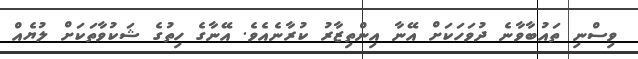
ވިސްނި ތައުބާވާނެ ދުވަހަކަށް އޭނާ އިންތިޒާރު ކުރާނެއެވެ. އޭނާގެ ހިތުގެ ޝަކުވާތަކަށް ލުޔެއް